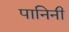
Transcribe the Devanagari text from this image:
पानिनी